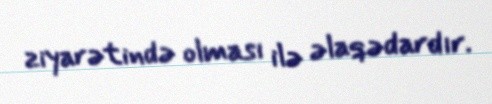
ziyarətində olması ilə əlaqədardır.